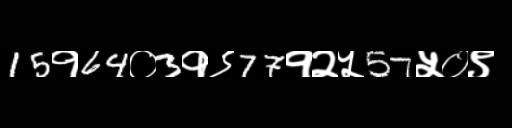
Text: 15१64०3१९77१२५57५०९